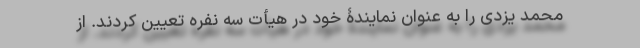
محمد یزدی را به عنوان نمایندۀ خود در هیأت سه نفره تعیین کردند. از